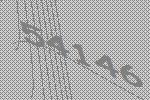
54146